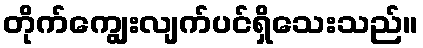
တိုက်ကျွေးလျက်ပင်ရှိသေးသည်။